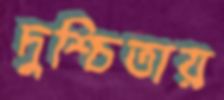
দুশ্চিতায়